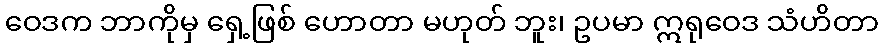
ဝေဒက ဘာကိုမှ ရှေ့ဖြစ် ဟောတာ မဟုတ် ဘူး၊ ဥပမာ ဣရုဝေဒ သံဟိတာ